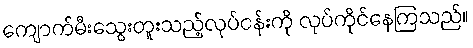
ကျောက်မီးသွေးတူးသည့်လုပ်ငန်းကို လုပ်ကိုင်နေကြသည်။